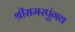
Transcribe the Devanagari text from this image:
श्रीसमरपुंगव